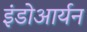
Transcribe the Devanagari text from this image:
इंडोआर्यन